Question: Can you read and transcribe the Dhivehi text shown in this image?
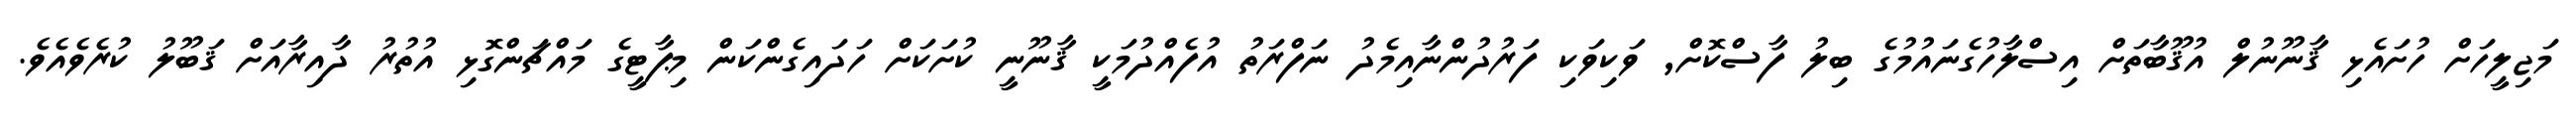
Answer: މަޖިލީހަށް ހުށައެޅި ޤާނޫނުލް އުޤޫބާތަށް އިސްލާހުގެނައުމުގެ ބިލު ފާސްކޮށް, ވަކިވަކި ފަރުދުންނާއިމެދު ނަފްރަތު އުފެއްދުމަކީ ޤާނޫނީ ކުށަކަށް ހަދައިގެންކަން މިޕާޓީގެ މައްޗަންގޮޅި އުތުރު ދާއިރާއަށް ޤަބޫލު ކުރެވެއެވެ.